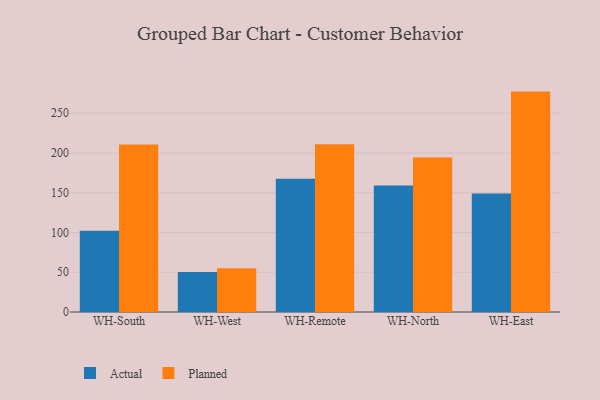
{"axis": {"x": "Warehouse", "y": "Operating Costs (USD K)"}, "legend": ["Actual", "Planned"], "data": [{"x": "WH-South", "y": 102.2, "type": "Actual"}, {"x": "WH-South", "y": 210.7, "type": "Planned"}, {"x": "WH-West", "y": 50.4, "type": "Actual"}, {"x": "WH-West", "y": 55.0, "type": "Planned"}, {"x": "WH-Remote", "y": 167.5, "type": "Actual"}, {"x": "WH-Remote", "y": 210.9, "type": "Planned"}, {"x": "WH-North", "y": 159.2, "type": "Actual"}, {"x": "WH-North", "y": 194.2, "type": "Planned"}, {"x": "WH-East", "y": 149.1, "type": "Actual"}, {"x": "WH-East", "y": 277.2, "type": "Planned"}]}